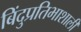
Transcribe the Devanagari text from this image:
बिंदुप्रतिभाशाली